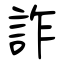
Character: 詐